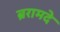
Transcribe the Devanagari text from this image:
ब्ररामदे